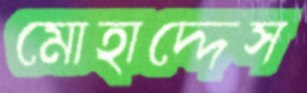
মোহাদ্দেস